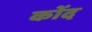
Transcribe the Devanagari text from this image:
कोंद